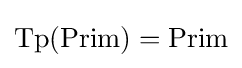
{\text{Tp}}({\text{Prim}})={\text{Prim}}\,\!